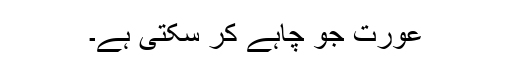
عورت جو چاہے کر سکتی ہے۔